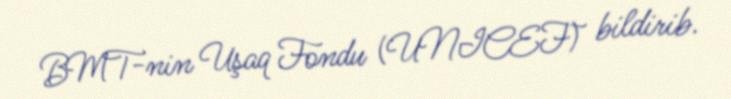
BMT-nin Uşaq Fondu (UNICEF) bildirib.